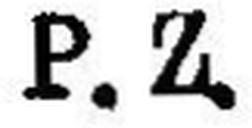
P.Z.